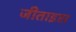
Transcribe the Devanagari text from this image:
जीताइस